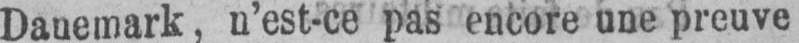
Danemark, n’est-ce pas encore une preuve